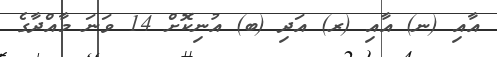
އާއި (ނ) އާއި (ރ) އަދި (ބ) އުނިކޮށް 14 ވަނަ މާއްދާގެ